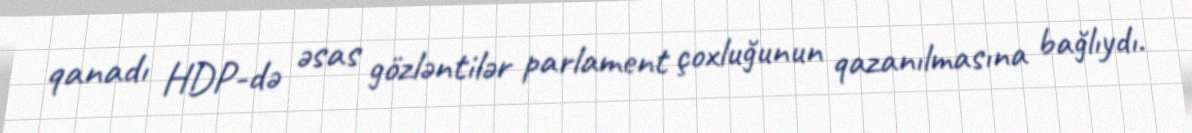
qanadı HDP-də əsas gözləntilər parlament çoxluğunun qazanılmasına bağlıydı.